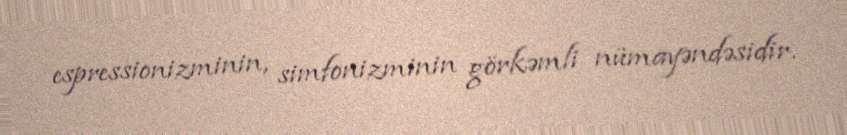
espressionizminin, simfonizminin görkəmli nümayəndəsidir.